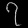
Digit: ၇